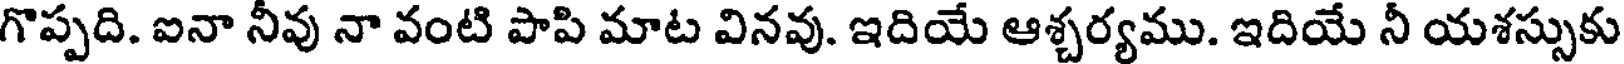
గొప్పది. ఐనా నీవు నా వంటి పాపి మాట వినవు. ఇదియే ఆశ్చర్యము. ఇదియే నీ యశస్సుకు